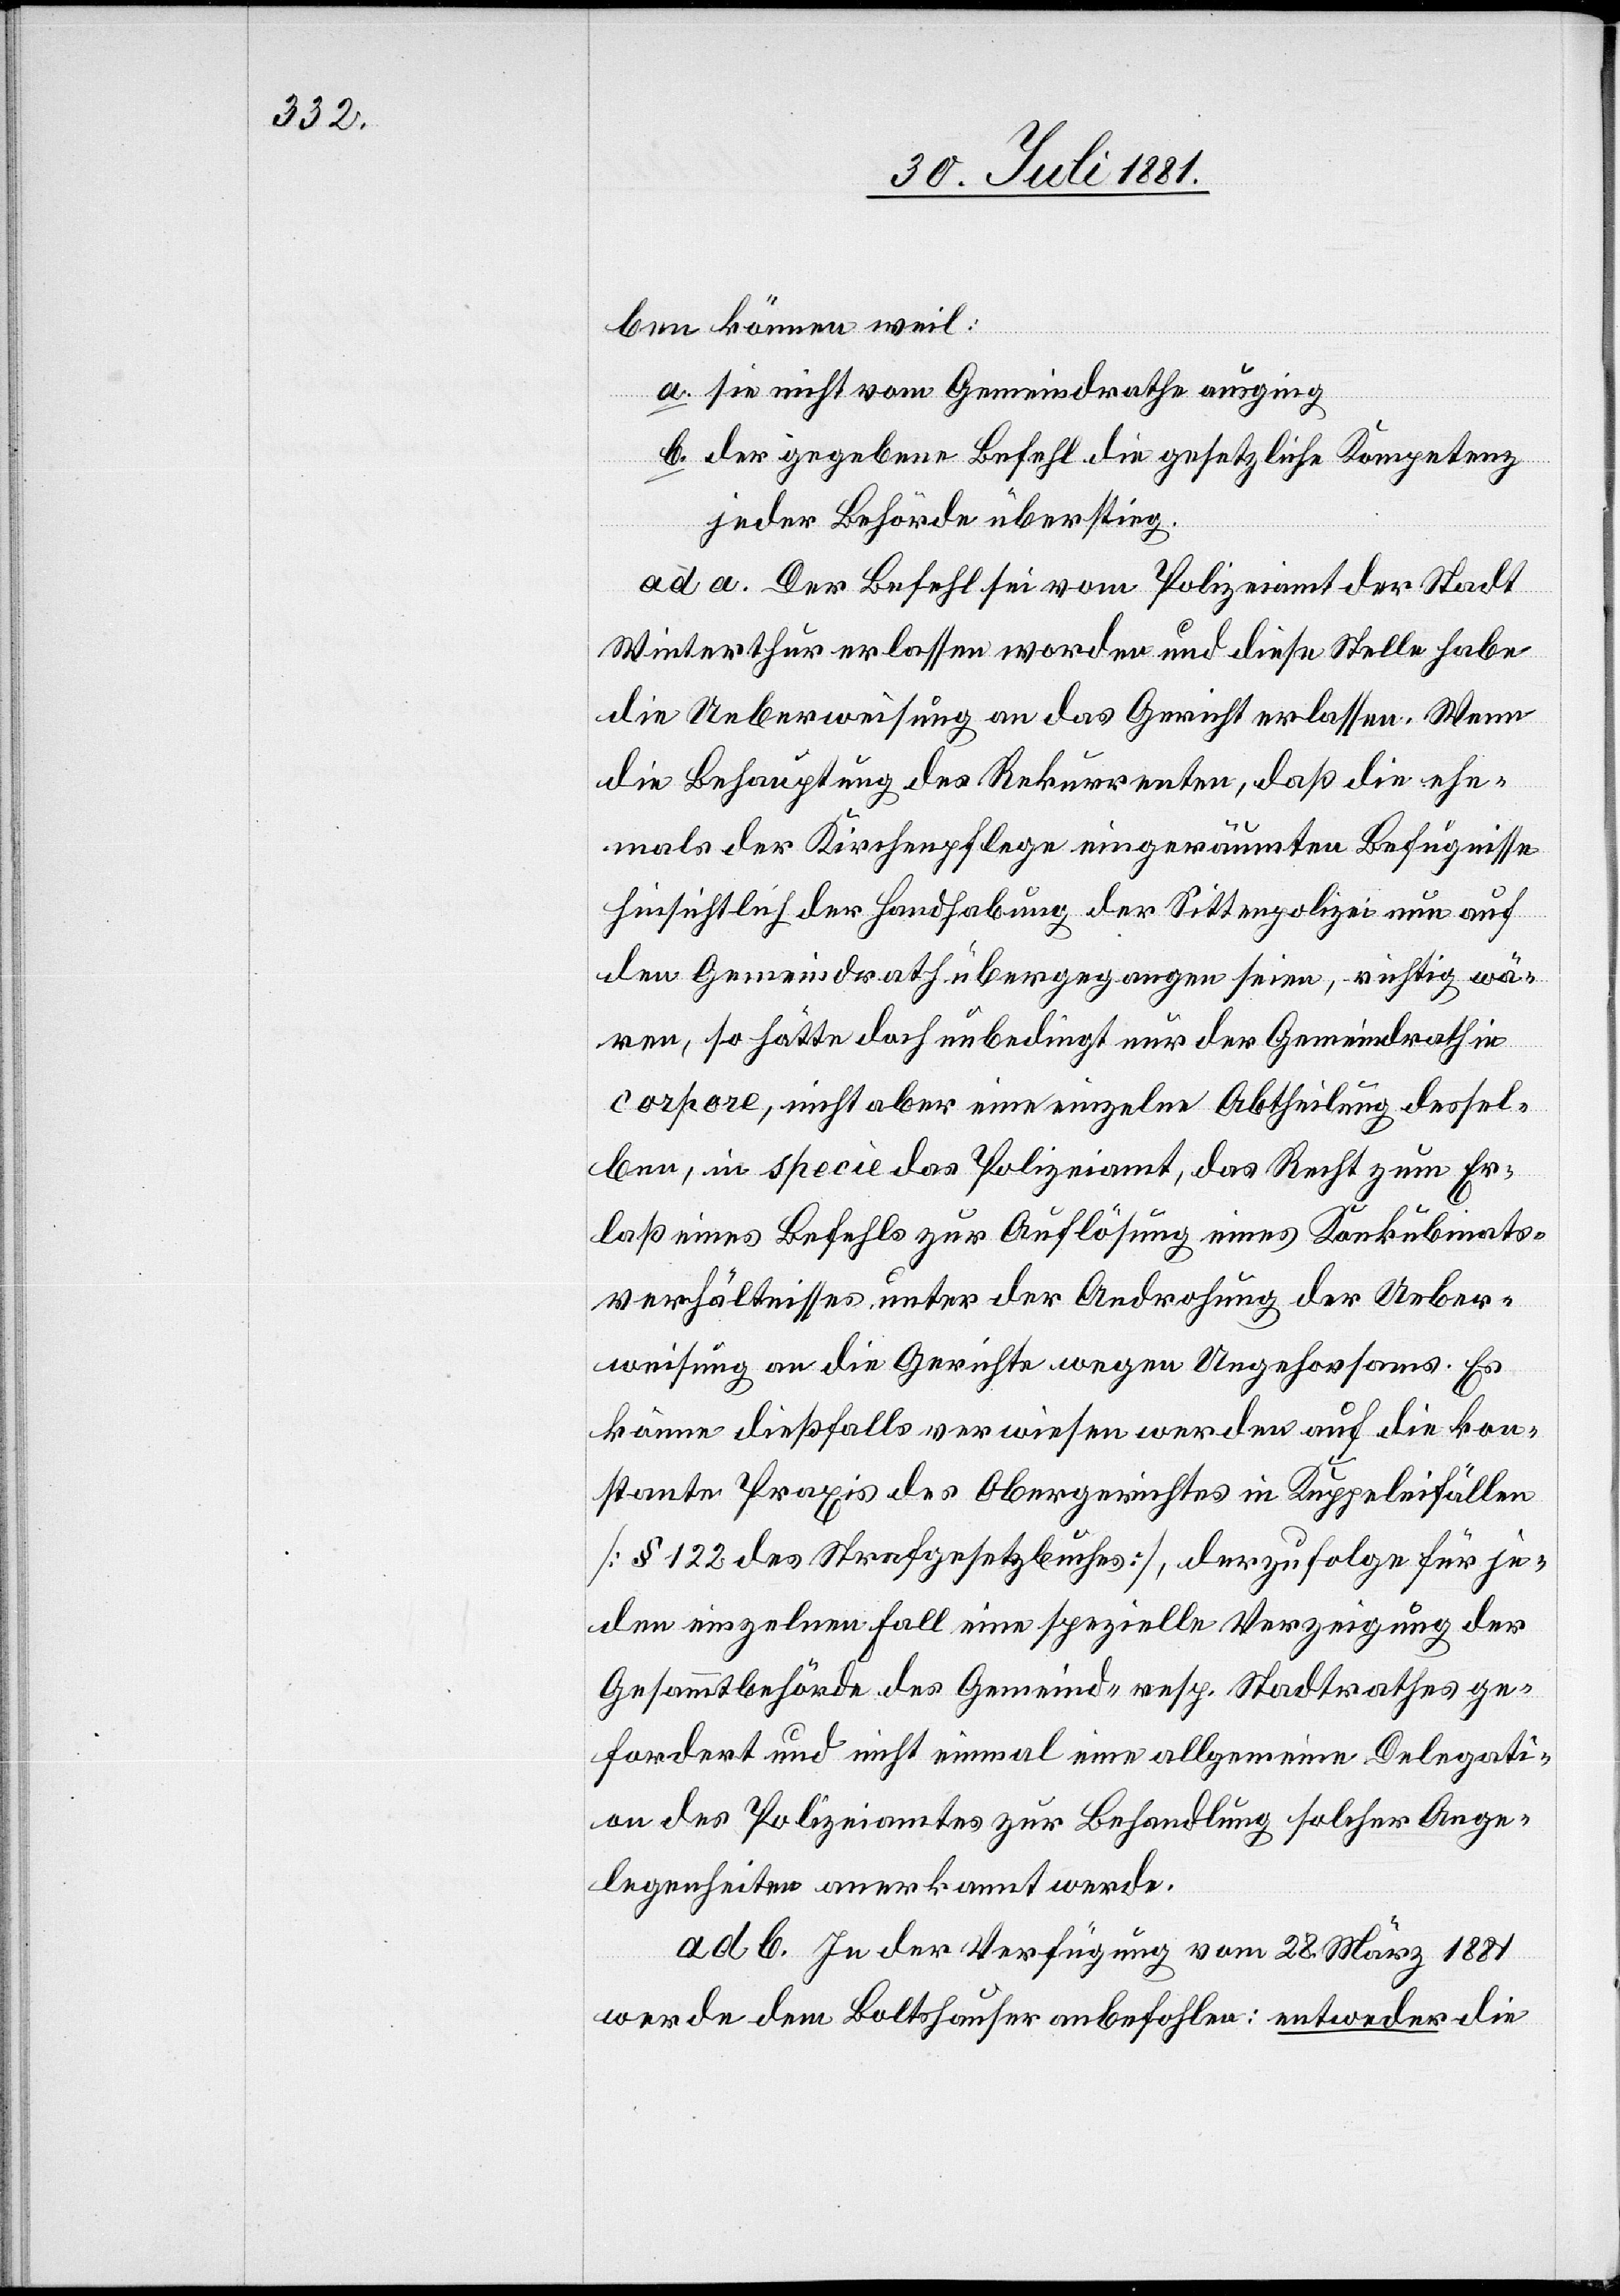
ben können weil:
a. sie nicht vom Gemeindrathe ausging
b. der gegebene Befehl die gesetzliche Kompetenz
jeder Behörde überstieg.
ad a. Der Befehl sei vom Polizeiamt der Stadt
Winterthur erlassen worden und diese Stelle habe
die Ueberweisung an das Gericht erlassen. Wenn
die Behauptung des Rekurrenten, daß die ehe¬
mals der Kirchenpflege eingeräumten Befugnisse
hinsichtlich der Handhabung der Sittenpolizei nun auf
den Gemeindrath übergegangen seien, richtig wä¬
ren, so hätte doch unbedingt nur der Gemeindrath in
corpore, nicht aber eine einzelne Abtheilung dessel¬
ben, in specie das Polizeiamt, das Recht zum Er¬
laß eines Befehls zur Auflösung eines Konkubinats¬
verhältnisses unter der Androhung der Ueber¬
weisung an die Gerichte wegen Ungehorsams.
könne dießfalls verwiesen werden auf die kon¬
stante Praxis des Obergerichtes in Kuppeleifällen
[§ 122 des Strafgesetzbuches], derzufolge für je¬
den einzelnen Fall eine spezielle Verzeigung der
Gesammtbehörde des Gemeind- resp. Stadtrathes ge¬
fordert und nicht einmal eine allgemeine Delegati¬
on des Polizeiamtes zur Behandlung solcher Ange¬
legenheiten anerkannt werde.
ad b In der Verfügung vom 28. März 1881
werde dem Boltshauser anbefohlen: entweder die